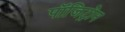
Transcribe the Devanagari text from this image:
पॉजिट्रोन